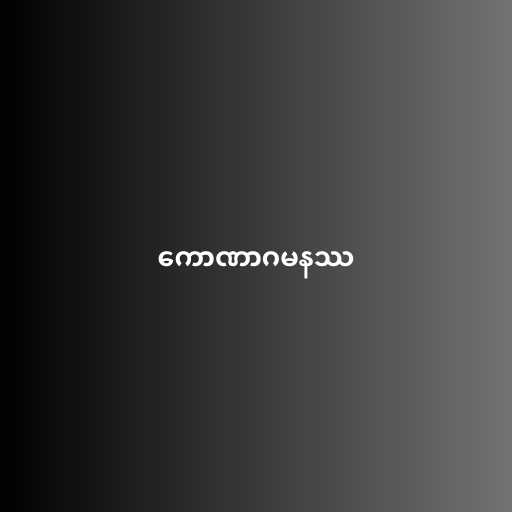
ကောဏာဂမနဿ